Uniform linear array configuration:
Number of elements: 64
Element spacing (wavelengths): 0.75
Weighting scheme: hann
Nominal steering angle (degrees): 15
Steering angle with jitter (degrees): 16.168
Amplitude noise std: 0.05
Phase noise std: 0.05

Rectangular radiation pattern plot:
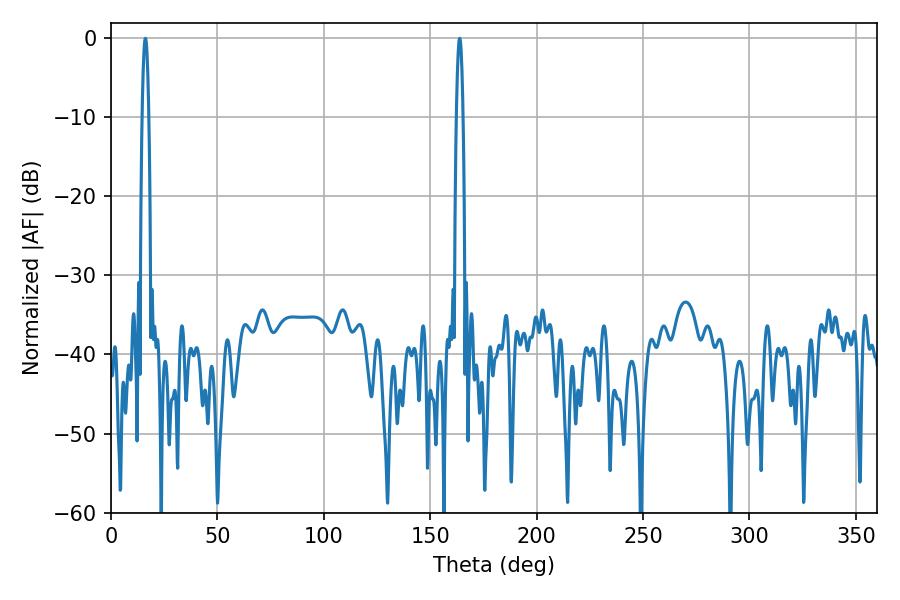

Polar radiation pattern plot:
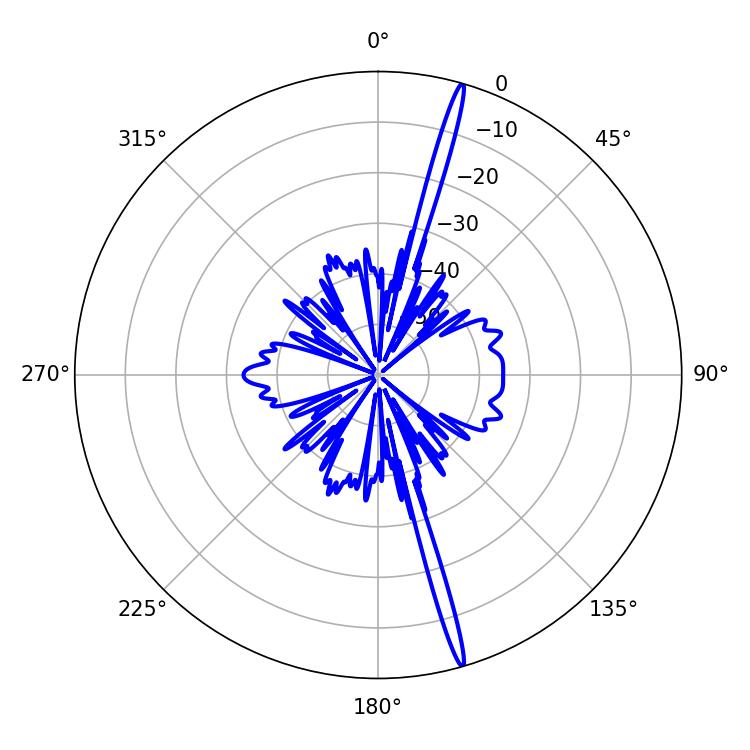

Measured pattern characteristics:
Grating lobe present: TRUE
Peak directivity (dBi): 20.315
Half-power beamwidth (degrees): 1.62
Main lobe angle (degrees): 163.8